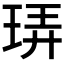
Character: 𪻠